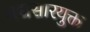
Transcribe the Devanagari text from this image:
मद्यसारयुक्त